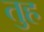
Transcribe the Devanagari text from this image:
तुह